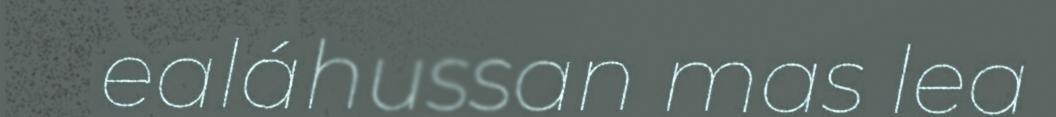
ealáhussan mas lea